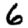
Digit: 6